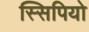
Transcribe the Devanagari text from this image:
स्सिपियो